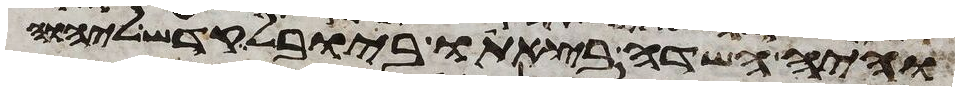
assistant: והיה השדה בצאתו ביובל קדש ליהוה